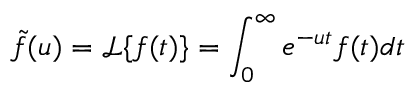
\widetilde { f } ( u ) = \mathcal { L } \{ f ( t ) \} = \int _ { 0 } ^ { \infty } e ^ { - u t } f ( t ) d t